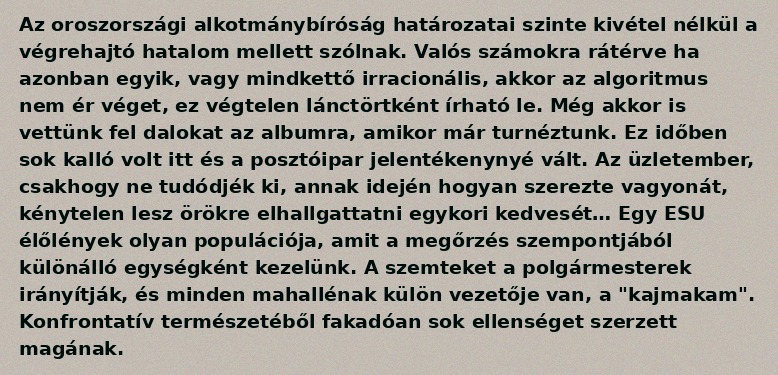
Az oroszországi alkotmánybíróság határozatai szinte kivétel nélkül a végrehajtó hatalom mellett szólnak. Valós számokra rátérve ha azonban egyik, vagy mindkettő irracionális, akkor az algoritmus nem ér véget, ez végtelen lánctörtként írható le. Még akkor is vettünk fel dalokat az albumra, amikor már turnéztunk. Ez időben sok kalló volt itt és a posztóipar jelentékenynyé vált. Az üzletember, csakhogy ne tudódjék ki, annak idején hogyan szerezte vagyonát, kénytelen lesz örökre elhallgattatni egykori kedvesét… Egy ESU élőlények olyan populációja, amit a megőrzés szempontjából különálló egységként kezelünk. A szemteket a polgármesterek irányítják, és minden mahallénak külön vezetője van, a "kajmakam". Konfrontatív természetéből fakadóan sok ellenséget szerzett magának.